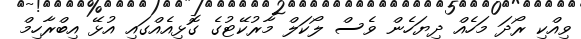
ވިއްކި ރޯދަ މަހެއް ދިޔަހެން ވެސް ލޯކަލް މާރުކޭޓުގެ ގޮޅިއެއްގައި އުޅޭ އިބްރާހިމް